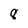
Character: 8